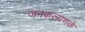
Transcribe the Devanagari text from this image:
जनकल्यणके